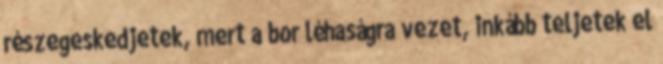
részegeskedjetek, mert a bor léhaságra vezet, inkább teljetek el